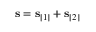
\mathbf s = \mathbf s _ { [ 1 ] } + \mathbf s _ { [ 2 ] }